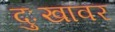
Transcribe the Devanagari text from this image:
दुःखावर